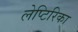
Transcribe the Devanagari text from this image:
लेप्टिरिका